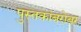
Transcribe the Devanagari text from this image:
पुस्तकांबरोबर